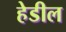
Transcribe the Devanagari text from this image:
हेडील